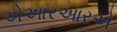
એઆરઆરએ